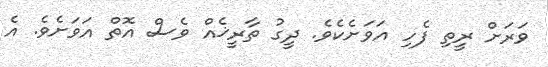
ވަރަށް ރީތި ފެހި އަވަށެކެވެ. ދީގު ތާރީޚެއް ވެސް އޮތް އަވަށެވެ. އެ